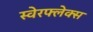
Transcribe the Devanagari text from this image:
स्वेरफ्लेक्स